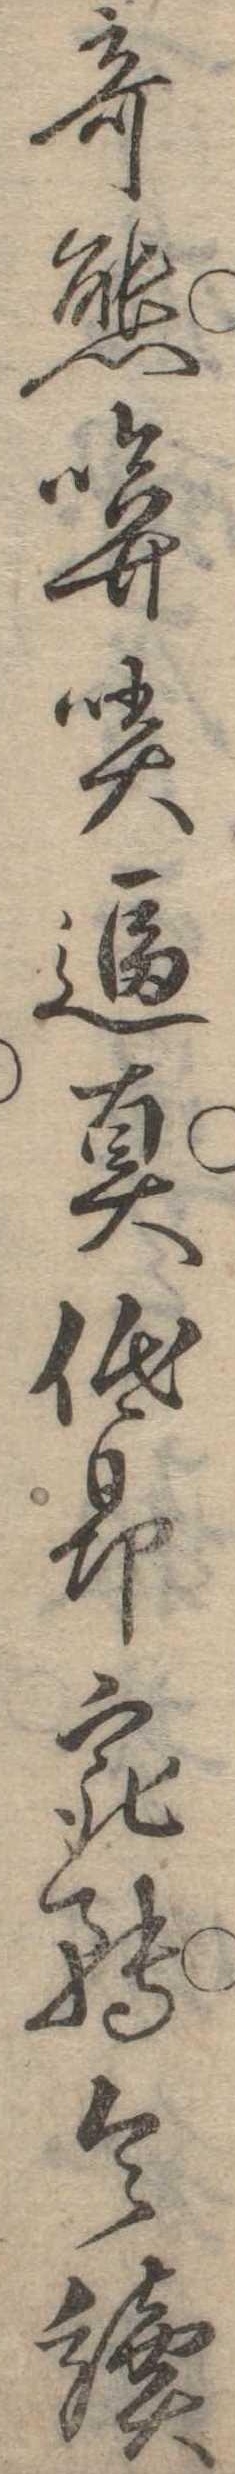
奇態哢逼真低昂宛転令読